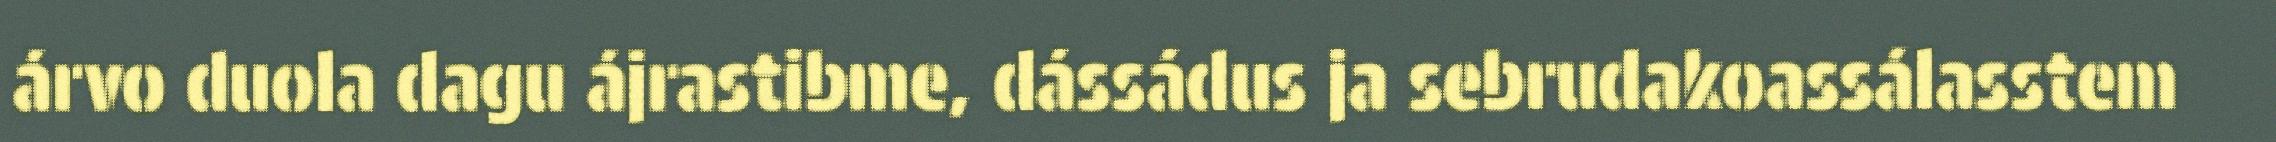
árvo duola dagu ájrastibme, dássádus ja sebrudakoassálasstem